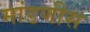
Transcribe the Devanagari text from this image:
मांडणीस